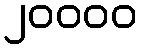
၂၀၀၀၀